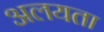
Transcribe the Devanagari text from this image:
अलयता